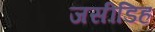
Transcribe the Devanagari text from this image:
जसीडिह